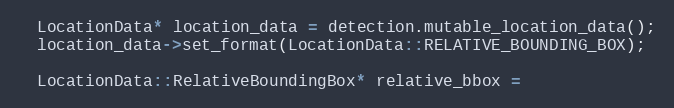
Language: C++
  LocationData* location_data = detection.mutable_location_data();
  location_data->set_format(LocationData::RELATIVE_BOUNDING_BOX);

  LocationData::RelativeBoundingBox* relative_bbox =